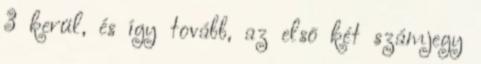
3 kerül, és így tovább, az elsõ két számjegy